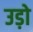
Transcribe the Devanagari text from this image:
उड़ो